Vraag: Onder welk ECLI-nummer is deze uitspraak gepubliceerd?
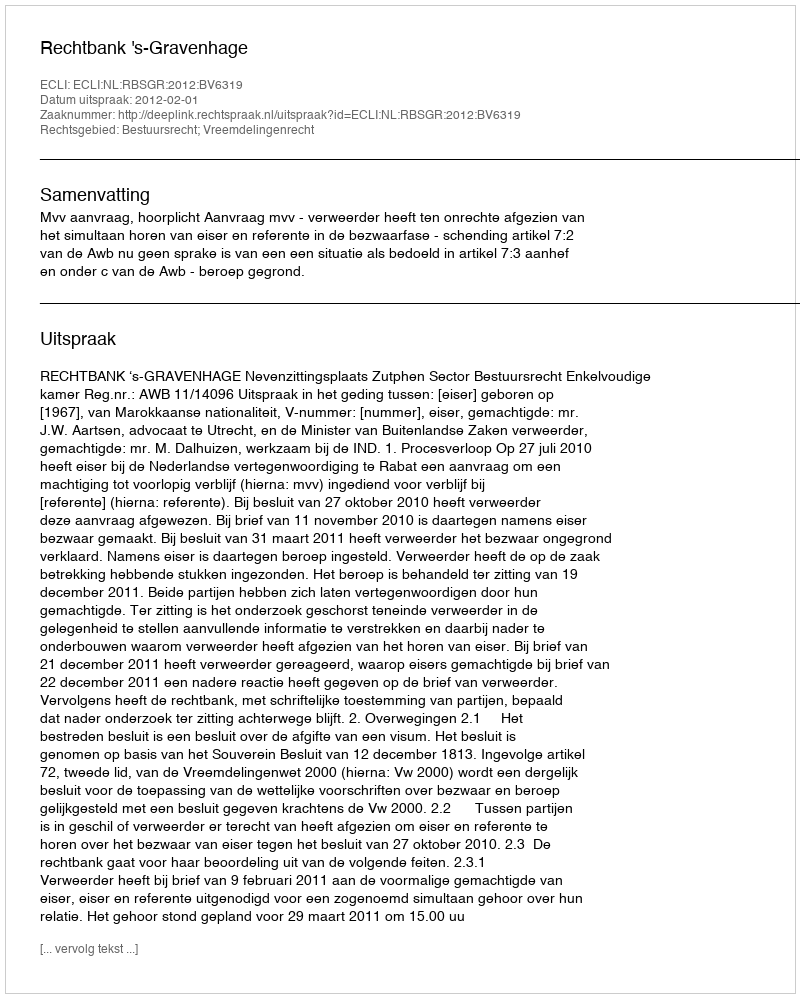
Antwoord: ECLI:NL:RBSGR:2012:BV6319